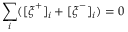
\sum _ { i } ( [ \boldsymbol { \xi } ^ { + } ] _ { i } + [ \boldsymbol { \xi } ^ { - } ] _ { i } ) = 0